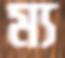
ম্য